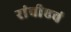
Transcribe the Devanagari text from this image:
रांचीएवं